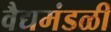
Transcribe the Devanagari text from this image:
वैद्यमंडळी